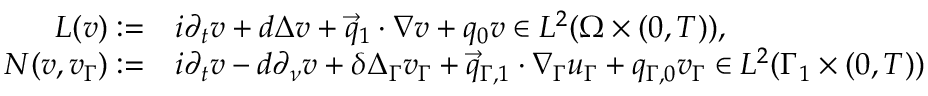
\begin{array} { r l } { L ( v ) : = } & { i \partial _ { t } v + d \Delta v + \vec { q } _ { 1 } \cdot \nabla v + q _ { 0 } v \in L ^ { 2 } ( \Omega \times ( 0 , T ) ) , } \\ { N ( v , v _ { \Gamma } ) : = } & { i \partial _ { t } v - d \partial _ { \nu } v + \delta \Delta _ { \Gamma } v _ { \Gamma } + \vec { q } _ { \Gamma , 1 } \cdot \nabla _ { \Gamma } u _ { \Gamma } + q _ { \Gamma , 0 } v _ { \Gamma } \in L ^ { 2 } ( \Gamma _ { 1 } \times ( 0 , T ) ) } \end{array}